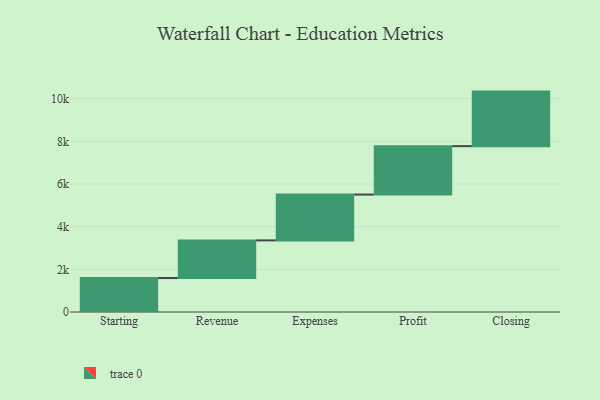
{"axis": {"x": "Step", "y": "Value"}, "legend": [""], "data": [{"x": "Starting", "y": 1592.0, "type": ""}, {"x": "Revenue", "y": 1765.0, "type": ""}, {"x": "Expenses", "y": 2148.0, "type": ""}, {"x": "Profit", "y": 2269.0, "type": ""}, {"x": "Closing", "y": 2557.0, "type": ""}]}